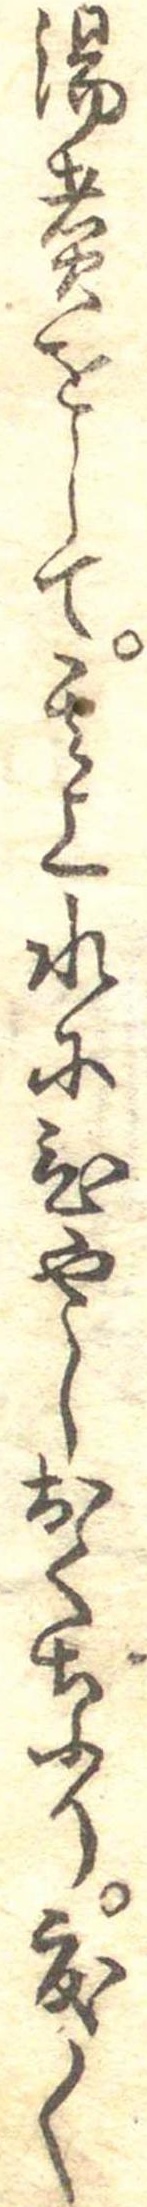
湯煮をして其上水にひやしおくなり度〱